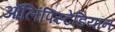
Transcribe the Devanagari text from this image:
ऑलिंपिस्टेडियॉन